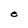
Character: e